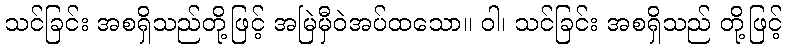
သင်ခြင်း အစရှိသည်တို့ဖြင့် အမြဲမှီဝဲအပ်ထသော။ ဝါ၊ သင်ခြင်း အစရှိသည် တို့ဖြင့်